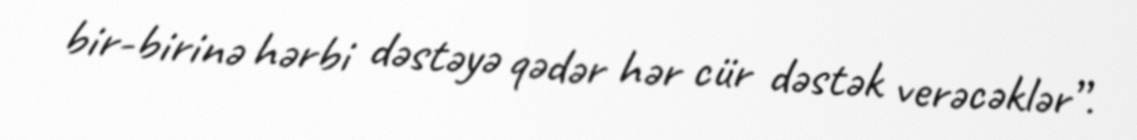
bir-birinə hərbi dəstəyə qədər hər cür dəstək verəcəklər”.